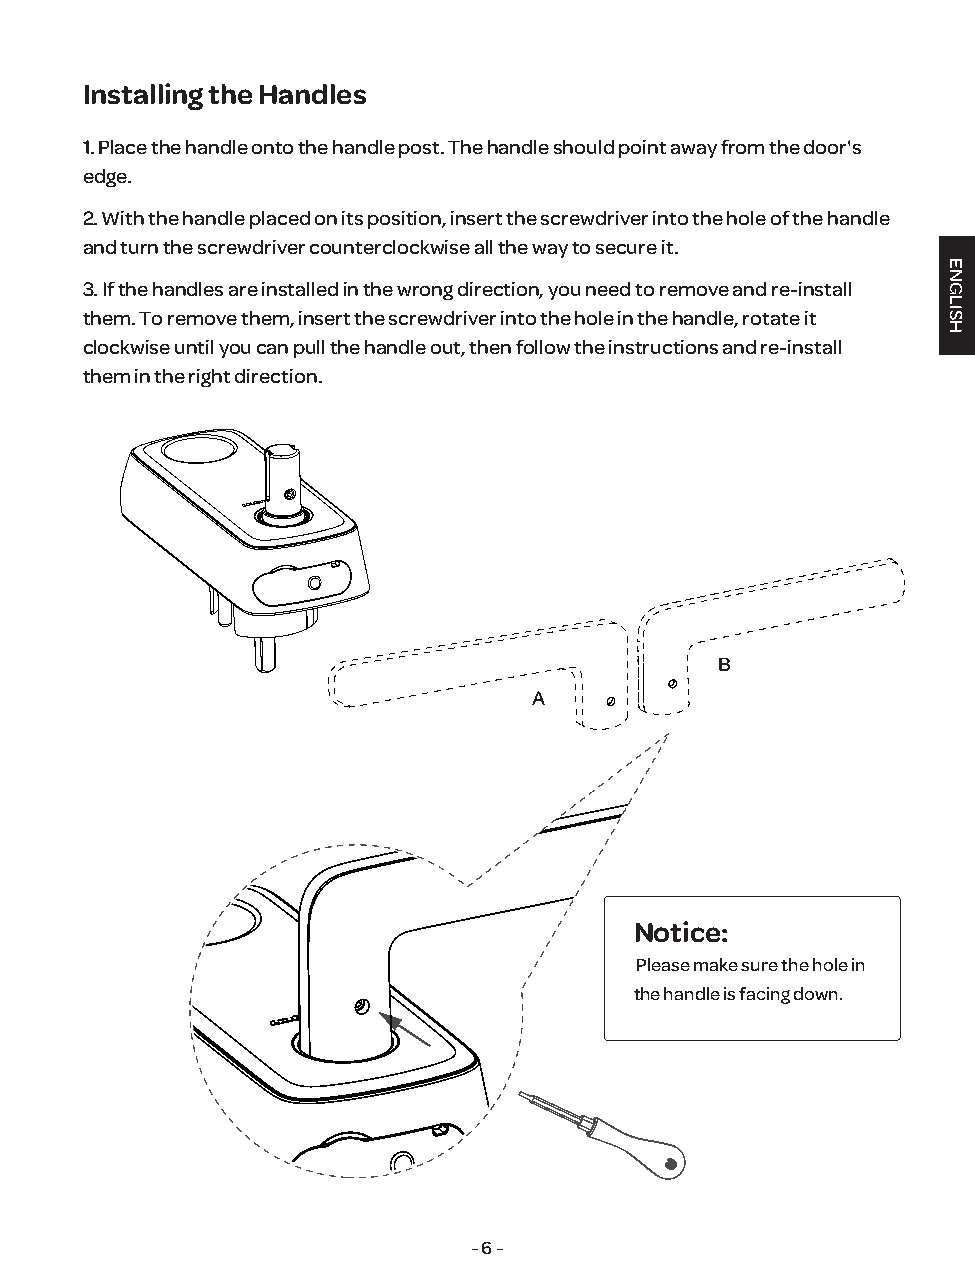
Installing the Handles
 1. Place the handle onto the handle post. The handle should point away from the door's
 edge.
 2. With the handle placed on its position, insert the screwdriver into the hole of the handle
 and turn the screwdriver counterclockwise all the way to secure it.
 3. If the handles are installed in the wrong direction, you need to remove and re-install
 them. To remove them, insert the screwdriver into the hole in the handle, rotate it
 clockwise until you can pull the handle out, then follow the instructions and re-install
 them in the right direction.
 B
 A
 Notice:
 Please make sure the hole in
 the handle is facing down.
 - 6 -
 ENGLISH